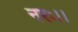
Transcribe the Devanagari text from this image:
नरः।।